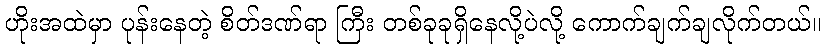
ဟိုးအထဲမှာ ပုန်းနေတဲ့ စိတ်ဒဏ်ရာ ကြီး တစ်ခုခုရှိနေလို့ပဲလို့ ကောက်ချက်ချလိုက်တယ်။